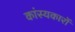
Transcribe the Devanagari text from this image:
कांस्यकारों